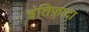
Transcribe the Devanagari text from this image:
इंतिफ़ादा